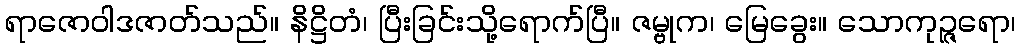
ရာဇောဝါဒဇာတ်သည်။ နိဋ္ဌိတံ၊ ပြီးခြင်းသို့ရောက်ပြီ။ ဇမ္ဗုက၊ မြေခွေး။ သောကုဉ္ဇရော၊